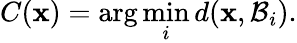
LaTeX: C(\mathbf{x})=\arg\operatorname*{min}_{i}d(\mathbf{x},\mathcal{B}_{i}).